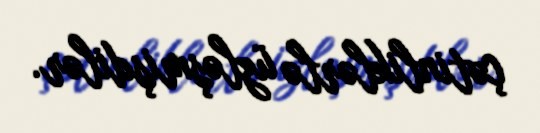
çətinliklərlə üzləşmişdilər.